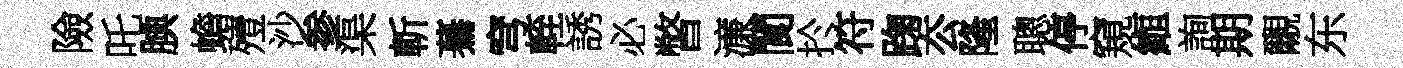
險吒腆蟾殪沙参渠斬驀穹輊誘必瞥濓閬扵符踘厺隆聰停窺縆詢期覼东